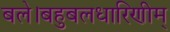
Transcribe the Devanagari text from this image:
बले।बहुबलधारिणीम्